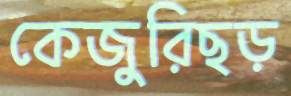
কেজুরিছড়